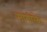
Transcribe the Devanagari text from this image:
मांगीले।